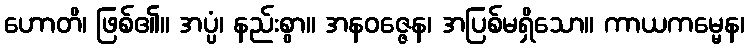
ဟောတိ၊ ဖြစ်၏။ အပ္ပံ၊ နည်းစွာ။ အနဝဇ္ဇေန၊ အပြစ်မရှိသော။ ကာယကမ္မေန၊